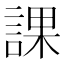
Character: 課